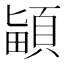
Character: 𩒵